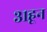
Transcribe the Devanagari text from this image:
३१हून